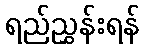
ရည်ညွှန်းရန်